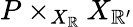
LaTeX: P\times_{X_{\mathbb{R}}}X_{\mathbb{R}^{\prime}}